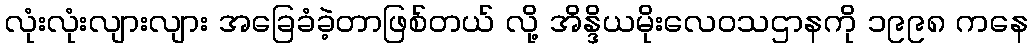
လုံးလုံးလျားလျား အခြေခံခဲ့တာဖြစ်တယ် လို့ အိန္ဒိယမိုးလေဝသဌာနကို ၁၉၉၈ ကနေ